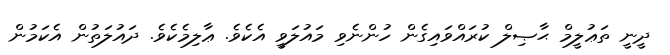
ދީނީ ތަޢުލީމް ޙާޞިލް ކުރައްވައިގެން ހުންނެވި މައުލަވީ އެކެވެ. ޢާލިމެކެވެ. ދައުލަތުން އެކަމުން